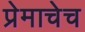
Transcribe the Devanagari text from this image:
प्रेमाचेच